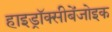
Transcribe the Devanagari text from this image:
हाइड्रॉक्सीबेंजोइक